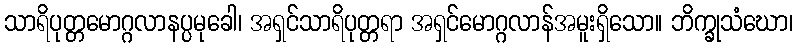
သာရိပုတ္တမောဂ္ဂလာနပ္ပမုခေါ၊ အရှင်သာရိပုတ္တရာ အရှင်မောဂ္ဂလာန်အမူးရှိသော။ ဘိက္ခုသံဃော၊